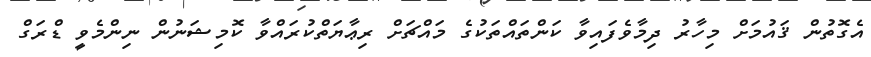
އެގޮތުން ޤައުމަށް މިހާރު ދިމާވެފައިވާ ކަންތައްތަކުގެ މައްޗަށް ރިޢާޔަތްކުރައްވާ ކޮމިޝަނުން ނިންމެވީ ޑްރަގް